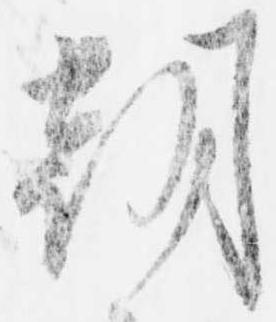
朝